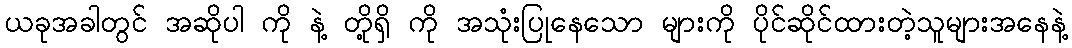
ယခုအခါတွင် အဆိုပါ ကို နဲ့ တို့ရှိ ကို အသုံးပြုနေသော များကို ပိုင်ဆိုင်ထားတဲ့သူများအနေနဲ့